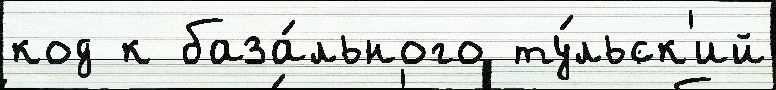
код к база́льного ту́льск'ий